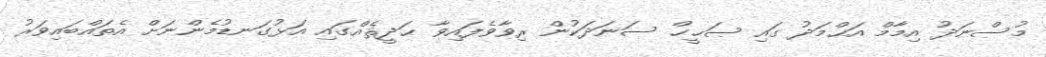
މުސްނަދު އިމާމް އަޙްމަދު ގައި ޞަޙީޙް ސަނަދަކުން ރިވާވެފައިވާ ޙަދީޘެއްގައި އަޅުގަނޑުމެންނަށް އެތައްބައިވަރު